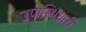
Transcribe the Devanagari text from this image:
उपास्थिधारी